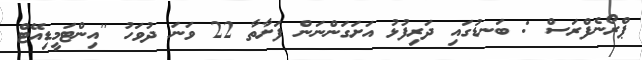
ޕްރޯނެފްރަސް : ބަނޑުގައި ދަރިފުޅު އަށަގަންނަން ފަށާތާ 22 ވަނަ ދުވަހު ''އިންޓަމީޑިއޭޓް